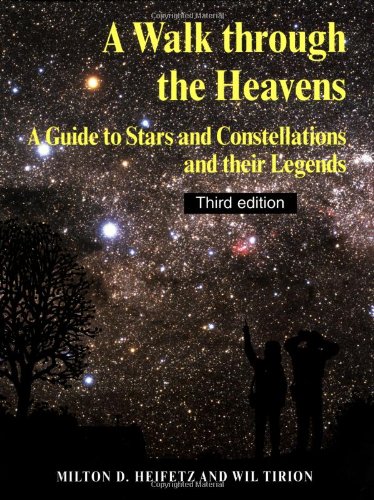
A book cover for A Walk through the Heavens: A Guide to Stars and Constellations and their Legends; Milton D. Heifetz; Science & Math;